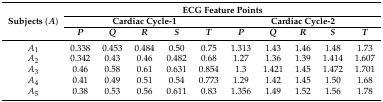
<table><thead><tr><td rowspan="3"><b>Subjects (<i>A</i>)</b></td><td colspan="10"><b>ECG Feature Points</b></td></tr><tr><td colspan="5"><b>Cardiac Cycle-1</b></td><td colspan="5"><b>Cardiac Cycle-2</b></td></tr><tr><td><b><i>P</i></b></td><td><b><i>Q</i></b></td><td><b><i>R</i></b></td><td><b><i>S</i></b></td><td><b><i>T</i></b></td><td><b><i>P</i></b></td><td><b><i>Q</i></b></td><td><b><i>R</i></b></td><td><b><i>S</i></b></td><td><b><i>T</i></b></td></tr></thead><tbody><tr><td><i>A</i><sub>1</sub></td><td>0.338</td><td>0.453</td><td>0.484</td><td>0.50</td><td>0.75</td><td>1.313</td><td>1.43</td><td>1.46</td><td>1.48</td><td>1.73</td></tr><tr><td><i>A</i><sub>2</sub></td><td>0.342</td><td>0.43</td><td>0.46</td><td>0.482</td><td>0.68</td><td>1.27</td><td>1.36</td><td>1.39</td><td>1.414</td><td>1.607</td></tr><tr><td><i>A</i><sub>3</sub></td><td>0.46</td><td>0.58</td><td>0.61</td><td>0.631</td><td>0.854</td><td>1.3</td><td>1.421</td><td>1.45</td><td>1.472</td><td>1.701</td></tr><tr><td><i>A</i><sub>4</sub></td><td>0.41</td><td>0.49</td><td>0.51</td><td>0.54</td><td>0.773</td><td>1.29</td><td>1.42</td><td>1.45</td><td>1.50</td><td>1.68</td></tr><tr><td><i>A</i><sub>5</sub></td><td>0.38</td><td>0.53</td><td>0.56</td><td>0.611</td><td>0.83</td><td>1.356</td><td>1.49</td><td>1.52</td><td>1.56</td><td>1.78</td></tr></tbody></table>